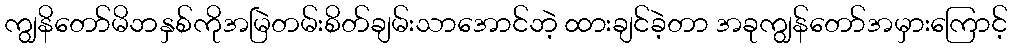
ကျွနိတော်မိဘနှစ်ကိုအမြဲတမ်းစိတ်ချမ်းသာအောင်ဘဲ့ ထားချင်ခဲ့တာ အခုကျွန်တော်အမှားကြောင့်